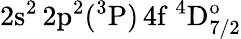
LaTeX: \mathrm{2s^{2}\, 2p^{2}(^{3}P)\, 4f~^{4}D_{7/2}^{o}}